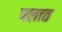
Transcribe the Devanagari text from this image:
पलात